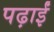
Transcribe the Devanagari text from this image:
पढ़ाईं